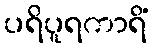
ပရိပူရကာရိံ